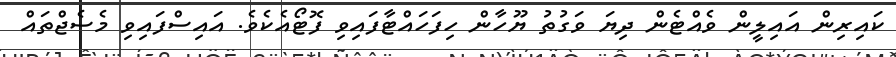
ކައިރިން އައިލީން ވެއްޓެން ދިޔަ ވަގުތު ޔޫހާން ހިފަހައްޓާފައިވި ފޮޓޯއެކެވެ. އައިސްފައިވި މެސެޖްތައް